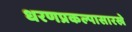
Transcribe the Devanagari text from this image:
धरणप्रकल्पासारखे